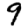
Digit: 9